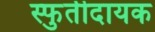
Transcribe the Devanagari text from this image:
स्फुर्तीदायक